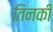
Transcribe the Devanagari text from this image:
तिनकी